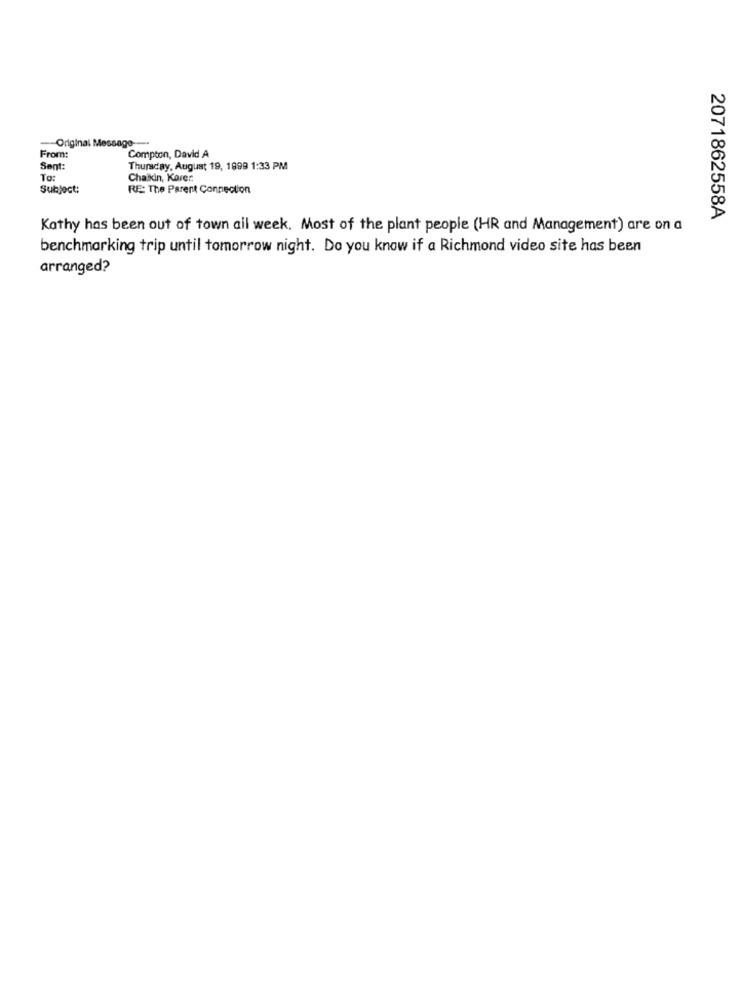
Original Message --
From:
Compton, David A
Sent:
Thursday, August 19, 1999 1:33 PM
To:
Chaikin, Korer,
Subject:
RE: The Parent Connection
2071862558A
Kathy has been out of town ail week. Most of the plant people (HR and Management) are on a
benchmarking trip until tomorrow night. Do you know if a Richmond video site has been
arranged?